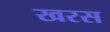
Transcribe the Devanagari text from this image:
खरस